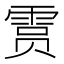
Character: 𫕥